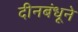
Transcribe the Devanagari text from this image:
दीनबंधूने